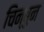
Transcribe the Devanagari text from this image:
चिन्बुन